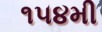
૧૫૪મી